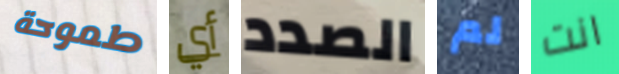
طموحة أي الصدد لم انت